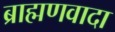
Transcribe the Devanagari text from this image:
ब्राह्मणवादा